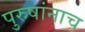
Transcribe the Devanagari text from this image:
पुरुषांनाच